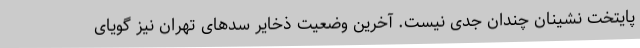
پایتخت نشینان چندان جدی نیست. آخرین وضعیت ذخایر سدهای تهران نیز گویای